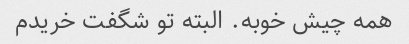
همه چیش خوبه. البته تو شگفت خریدم